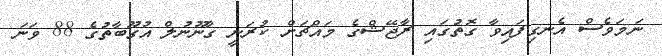
ނަމަވެސް އެނގިފައިވާ ގޮތުގައި ރާޖޭޝްގެ މައްޗަށް ކުރަނީ ގާނޫނުލް އުގޫބާތުގެ 88 ވަނަ